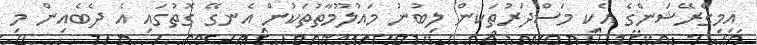
އިމިގްރޭޝަންގެ އެކި މަސްދަރުތަކުން ލިބުނު މައުލޫމާތުތަކުން އެނގޭ ގޮތުގައި އެ ދެބެއިން މި